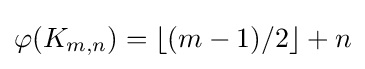
\varphi (K_{m,n})=\lfloor (m-1)/2\rfloor +n